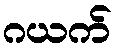
ဂယက်